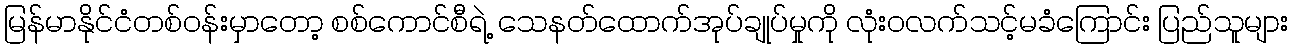
မြန်မာနိုင်ငံတစ်ဝန်းမှာတော့ စစ်ကောင်စီရဲ့ သေနတ်ထောက်အုပ်ချုပ်မှုကို လုံးဝလက်သင့်မခံကြောင်း ပြည်သူများ